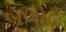
બળોલ